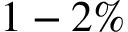
1 - 2 \%